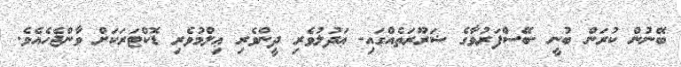
ބޭނުން ކުރަން ބުނީ -ބޭސްފަރުވާގެ ޟަރޫރަތެއްގައި- ޢަދުލުވެރި ދީންވެރި ޢިލްމުވެރި ޑޮކްޓަރަކަށް ވާންޖެހެއެވެ.